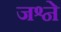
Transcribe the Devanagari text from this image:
जश्ने